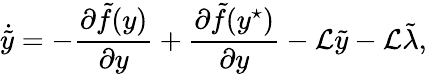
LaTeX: \dot{\tilde{y}}=-\frac{\partial\tilde{f}(y)}{\partial y}+\frac{\partial\tilde{f}(y^{\star})}{\partial y}-\mathcal{L}\tilde{y}-\mathcal{L}\tilde{\lambda},